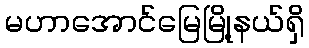
မဟာအောင်မြေမြို့နယ်ရှိ